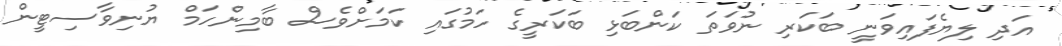
އަދި ލިޔެފައިވަނީ ބަކަރި ނުވަތަ ކަންބަޅި ބަކަރީގެ ހަމުގައި ކަމަށްވެސް ބާމިންހަމް ޔުނިވާސިޓީން